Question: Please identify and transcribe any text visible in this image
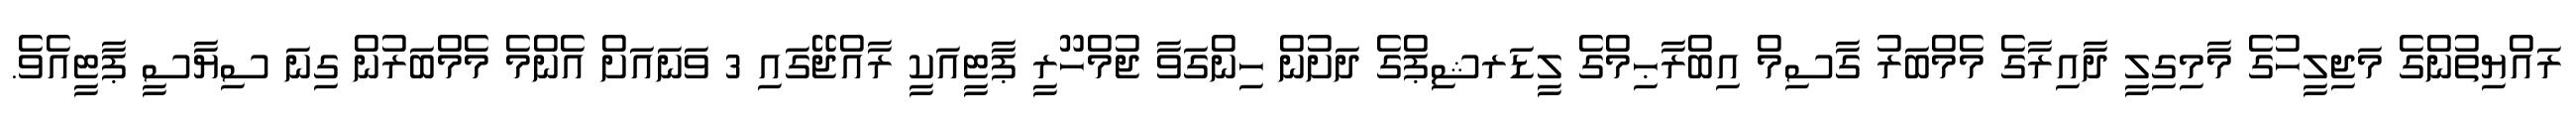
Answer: ރައްޔިތުންގެ މަޖިލީހުގެ މާމިގިލީ ދާއިރާގެ މެމްބަރު ގާސިމް އިބްރާޙިމްގެ ލީޑަރޝިޕްގެ ދަށުން ހިންގަވާ ޖުމްހޫރީ ޕާޓީއަކީ ރާއްޖޭގައި 3 ވަނައަށް އެންމެ މެމްބަރުން ގިނަ ސިޔާސީ ޕާޓީއެވެ.